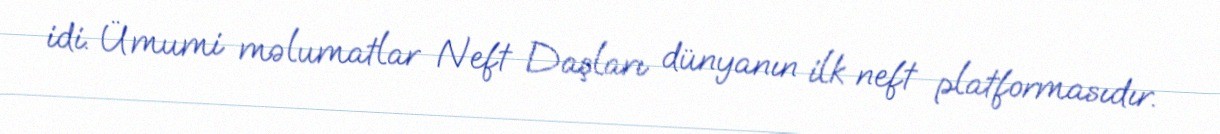
idi. Ümumi məlumatlar Neft Daşları dünyanın ilk neft platformasıdır.